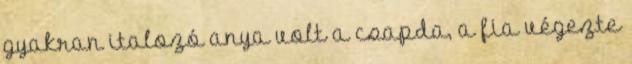
gyakran italozó anya volt a csapda, a fia végezte